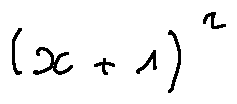
( x + 1 ) ^ { 2 }